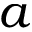
a